Tezpur Lunatic Asylum reports 1895-1904 - 1895-1904
Year: 1895
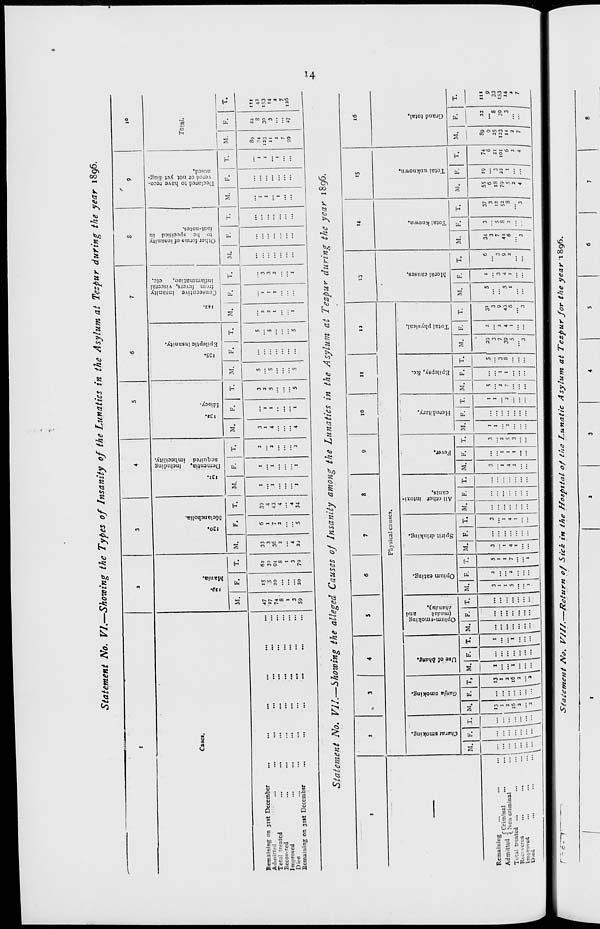
Statement No. VI.—Showing the Types of Insanity of the Lunatics in the Asylum at Tezpur during the year 1896.
1
1
3
4
5
6
7
8
9
10
Cue*.
rt
= 2
a
"0
JS
a
0 2
131.
Dementia, Including
acquired imbecility.
n .2
" 2
c
a
c
2 "5.
143.
Consecutive insanity
from fevers, visceral
inflammation,
etc.
Other forms of insanity
to be specilicd in
foot-notes.
Declared to have reco-
vered or not yet diag-
nosed.
Total.
M.
F.
T.
M.
F.
T.
M.
F.
T.
M.
F.
T.
M.
F.
T.
M. j F. T.
M,
F.
T.
M.
F.
T.
M.
F.
T.
Remaining on 31st December
Admitted
...
...
,„
Total treated
Becov.red
Improved
Died
...
...
...
...
#t>
Ecmaiuing on 31ft Deccmbsr
...
...
\\\
"„
••
47
27
74
8
1
3
59
15
5
20
20
62
32
94
8
1
3
79
33
3
36
2
4
2)
6
1
7
2
5
39
4
43
4
4
34
1
1
1
1
1
1
2
2
2
3
1
4
4
1
1
1
3
2
5
5
s
5
5
5
5
5
2
2
1
1
1
1
1
3
3
2
1
1
1
1
...
...
89
34
123
11
2
7
99
22
8
30
3
37
in
42
153
14
2
7
136
Statement No. VII.—Shozoing the alleged Causes of Insanity among the Lunatics in the Asylu?n at Tezpur during the year 1896,
«
-^
t
2
»
3
4
5
6
7
8
9
10
11
12
13
14
IS
16
Physical causes.
(3
A
A
to
0
M
0
E ■
3
2
0
|
<3
*3
5 0
Eg c
s 2 a
ti
a
V
E
3
c
15
•a
O 3
v
p.
3
3
a
u
rt
c
0
O
c
S
0
-a
a
0
a
0.
a.
0.
0
0
0
S
O
3
O
O
CO
<
fa
I
W
H
«S
H
H
a
M. F. T. M. F. T, M. F. T. M. F. T. M. F. T. M. F. T. M. F. T. M. F. T. M. F. T. M. F. T. M. F. T.
M. F. T.
M.
F.
T.
M. F. T.
M.
F.
T.
Remaining
13
13
1
1
3
2
5
3
3
3
1
1
5
s 29
31
5
1
6
34
3
37
55 19
74
89
22
in
A 1 ... J C Criminal
Admitted ( Ncncriminal
... ...
1
1
... ... ...
1
1
...
1
1
... ...
3
3
...
3
3
6
...
6
9
9
... ... ... 2
2
1
I
1
1
1
1
2
2
1
3
7
2
9
3
3
7
5
12
18
3
21
25
8
33
Total treated ...
...
:6
16
1
1
5
2
7
4
4
4
1
5
2
2
7
1
8
39
4
43
5
4
9
44
8
S 2
79 22
101
123
30
153
Rtc- \erea
...
2
2
I
I
2
1
1
3
1
6
1
I
2
6
2
8
5
t
6
11
3
14
Improved
1 »•
...
...
2
2
2
3
U.cii
\ ...
\ \-\~v 1- V 1 "'
t
1
...
...
...
3
...
1 ... ...j
3
' 1 3 ' 1 ...j 'I ' 1 ...j 7
Statement No. r/II.—Return 0/ Sick in the Hospttal of the Lunatic Asylum at Tezpur /< or the year 1896.